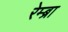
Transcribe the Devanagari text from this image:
रेम्ब्रा